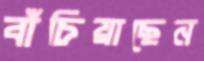
বাঁচিয়াছেন